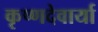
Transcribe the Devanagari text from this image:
कृष्णदेवार्या